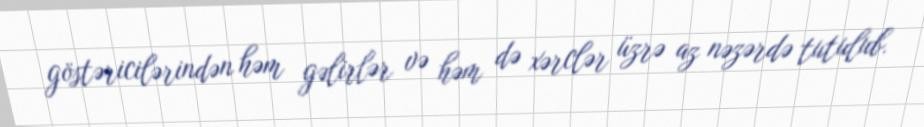
göstəricilərindən həm gəlirlər və həm də xərclər üzrə az nəzərdə tutulub.